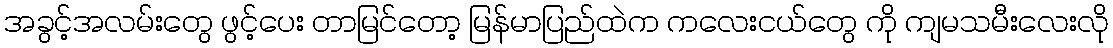
အခွင့်အလမ်းတွေ ဖွင့်ပေး တာမြင်တော့ မြန်မာပြည်ထဲက ကလေးငယ်တွေ ကို ကျမသမီးလေးလို